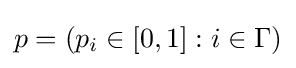
p=(p_{i}\in [0,1]:i\in \Gamma )